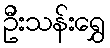
ဦးသန်းရွှေ